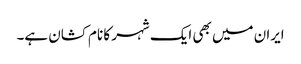
ایران میں بھی ایک شہر کا نام کشان ہے۔